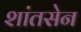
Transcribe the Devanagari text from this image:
शांतसेन